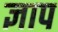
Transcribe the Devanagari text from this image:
ज्ञाप